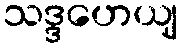
သဒ္ဒဟေယျ